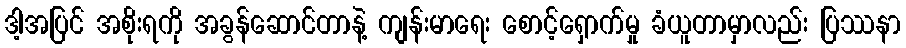
ဒါ့အပြင် အစိုးရကို အခွန်ဆောင်တာနဲ့ ကျန်းမာရေး စောင့်ရှောက်မှု ခံယူတာမှာလည်း ပြဿနာ